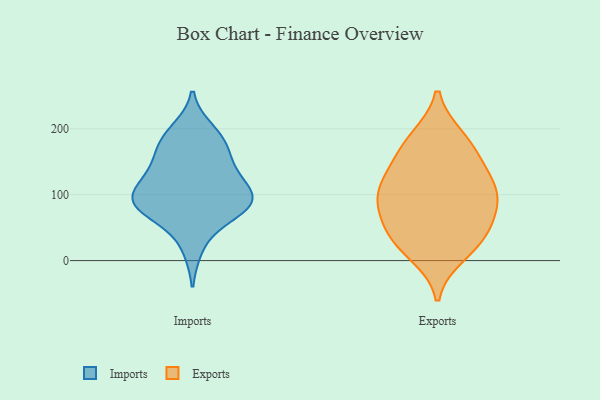
{"axis": {"x": "Population (Million)", "y": "Value"}, "legend": ["Exports", "Imports"], "data": [{"x": "", "y": 97, "type": "Imports"}, {"x": "", "y": 68, "type": "Imports"}, {"x": "", "y": 103, "type": "Imports"}, {"x": "", "y": 87, "type": "Imports"}, {"x": "", "y": 83, "type": "Imports"}, {"x": "", "y": 94, "type": "Imports"}, {"x": "", "y": 186, "type": "Imports"}, {"x": "", "y": 197, "type": "Imports"}, {"x": "", "y": 140, "type": "Imports"}, {"x": "", "y": 172, "type": "Imports"}, {"x": "", "y": 20, "type": "Imports"}, {"x": "", "y": 131, "type": "Imports"}, {"x": "", "y": 91, "type": "Imports"}, {"x": "", "y": 171, "type": "Imports"}, {"x": "", "y": 74, "type": "Imports"}, {"x": "", "y": 130, "type": "Imports"}, {"x": "", "y": 180, "type": "Exports"}, {"x": "", "y": 10, "type": "Exports"}, {"x": "", "y": 186, "type": "Exports"}, {"x": "", "y": 90, "type": "Exports"}, {"x": "", "y": 65, "type": "Exports"}, {"x": "", "y": 128, "type": "Exports"}, {"x": "", "y": 45, "type": "Exports"}, {"x": "", "y": 109, "type": "Exports"}, {"x": "", "y": 95, "type": "Exports"}, {"x": "", "y": 88, "type": "Exports"}, {"x": "", "y": 129, "type": "Exports"}, {"x": "", "y": 31, "type": "Exports"}, {"x": "", "y": 161, "type": "Exports"}, {"x": "", "y": 30, "type": "Exports"}]}